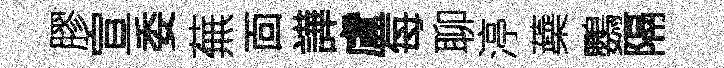
膠宣委蕪靣譁盧每聊渟蘃鸚隔